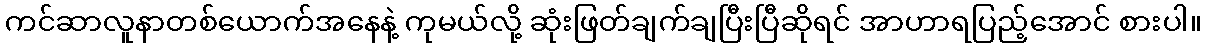
ကင်ဆာလူနာတစ်ယောက်အနေနဲ့ ကုမယ်လို့ ဆုံးဖြတ်ချက်ချပြီးပြီဆိုရင် အာဟာရပြည့်အောင် စားပါ။